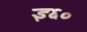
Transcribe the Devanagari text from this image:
इ६०